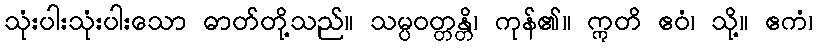
သုံးပါးသုံးပါးသော ဓာတ်တို့သည်။ သမ္ပဝတ္တန္တိ၊ ကုန်၏။ ဣတိ ဧဝံ၊ သို့။ ဧကံ၊